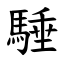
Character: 䮔